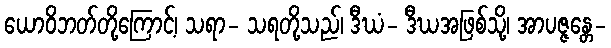
ယောဝိဘတ်တို့ကြောင့်၊ သရာ- သရတို့သည်၊ ဒီဃံ- ဒီဃအဖြစ်သို့၊ အာပဇ္ဇန္တေ-